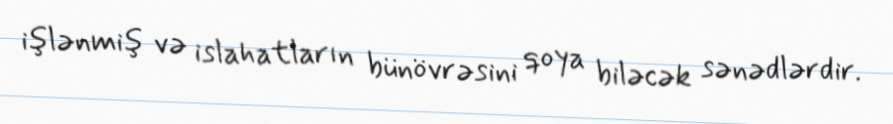
işlənmiş və islahatların bünövrəsini qoya biləcək sənədlərdir.